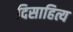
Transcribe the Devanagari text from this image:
दिसाहित्य